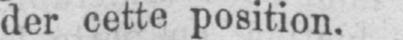
der cette position.